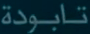
تابودة